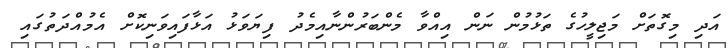
އަދި މިގޮތަށް މަޖިލީހުގެ ތަޅުމުން ނަން އިއްވާ މެންބަރުންނާއިމެދު ފިޔަވަޅު އަޅާފައިވަނިކޮށް އެމުއްދަތުގައި